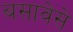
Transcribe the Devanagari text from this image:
बसावेसे